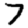
Digit: 7